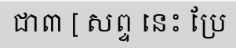
ជា៣ [ សព្ទ នេះ ប្រែ